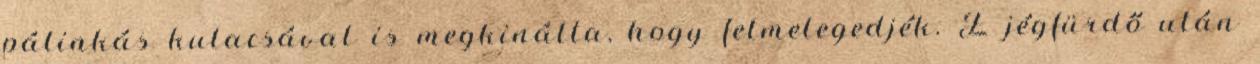
pálinkás kulacsával is megkinálta, hogy felmelegedjék. E jégfürdő után